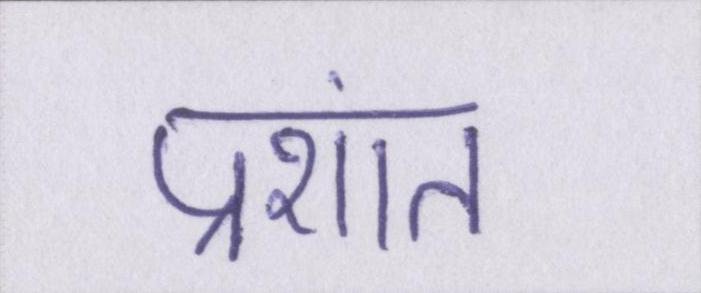
प्रशांत